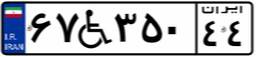
۶۷W۳۵۰۴۴